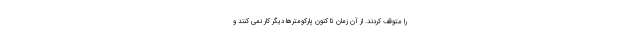
را متوقف کردند. از آن زمان تا کنون پارکومترها دیگر کار نمی کنند و